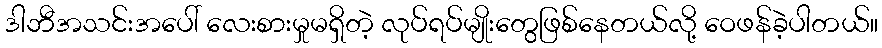
ဒါဘီအသင်းအပေါ် လေးစားမှုမရှိတဲ့ လုပ်ရပ်မျိုးတွေဖြစ်နေတယ်လို့ ဝေဖန်ခဲ့ပါတယ်။